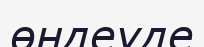
өңдеуде